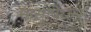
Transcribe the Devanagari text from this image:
मार्सुपिय्ल्स